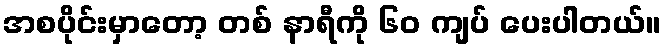
အစပိုင်းမှာတော့ တစ် နာရီကို ၆၀ ကျပ် ပေးပါတယ်။